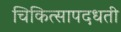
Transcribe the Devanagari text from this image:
चिकित्सापदधती